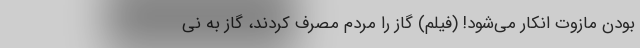
بودن مازوت انکار می‌شود! (فیلم) گاز را مردم مصرف کردند، گاز به نی